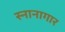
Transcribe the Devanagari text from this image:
स्‍नानागार